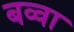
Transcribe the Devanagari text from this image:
बव्वा